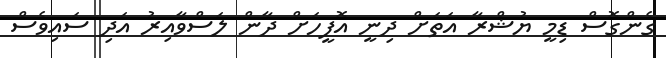
ގެންގޮސް ޑިމީ ޔުޝްރާ އަތަށް ދިނީ އޮފީހަށް ދާން ލަސްވާާއިރު އަދި ސައިވެސް